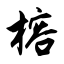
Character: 榕